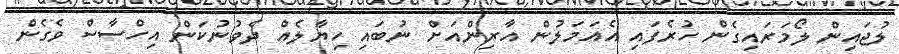
ލުޖައިން ލޯމަރައިގެން ހުރެފައި އެއަމަލުން އާރިންއަށް ނުބައި ހިޔާލެއް ދެވުނުކަން އިހްސާސް ވެގެން